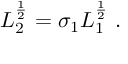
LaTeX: L _ { 2 } ^ { \frac { 1 } { 2 } } = \sigma _ { 1 } L _ { 1 } ^ { \frac { 1 } { 2 } } \; .